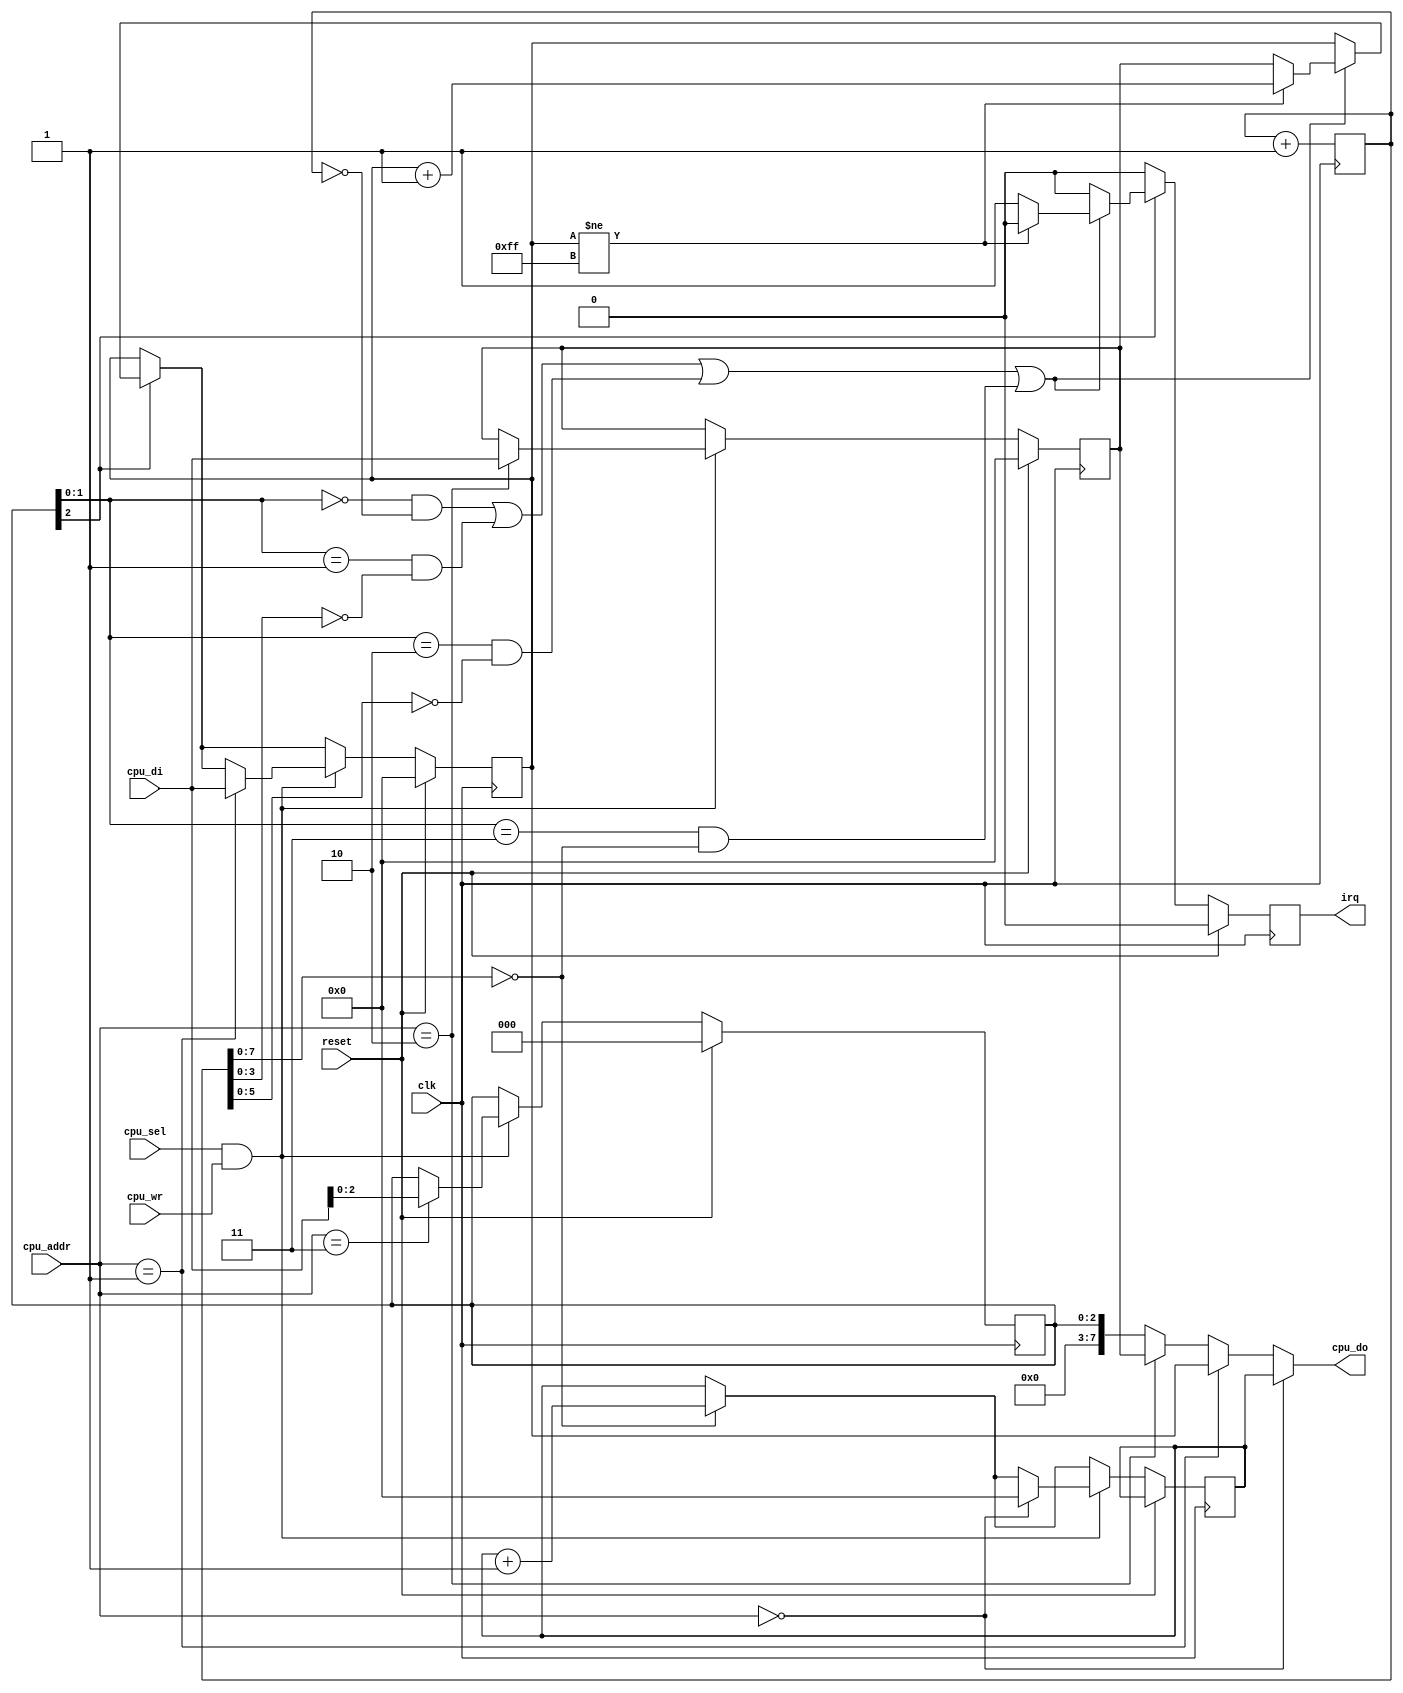
//
// timer.v
//
// Gameboy for the MIST board https://github.com/mist-devel
// 
// Copyright (c) 2015 Till Harbaum <till@harbaum.org> 
// 
// This source file is free software: you can redistribute it and/or modify 
// it under the terms of the GNU General Public License as published 
// by the Free Software Foundation, either version 3 of the License, or 
// (at your option) any later version. 
// 
// This source file is distributed in the hope that it will be useful,
// but WITHOUT ANY WARRANTY; without even the implied warranty of 
// MERCHANTABILITY or FITNESS FOR A PARTICULAR PURPOSE.  See the 
// GNU General Public License for more details.
// 
// You should have received a copy of the GNU General Public License 
// along with this program.  If not, see <http://www.gnu.org/licenses/>. 
//

module timer (
	input  reset,
   input  clk,    // 4 Mhz cpu clock

	output reg irq,
	
	// cpu register interface
	input  cpu_sel,
	input [1:0] cpu_addr,
	input  cpu_wr,
	input [7:0] cpu_di,
	output [7:0] cpu_do
);

// input: 4Mhz
// clk_div[0] = 2Mhz
// clk_div[1] = 1Mhz
// clk_div[2] = 524khz
// clk_div[3] = 262khz
// clk_div[4] = 131khz
// clk_div[5] = 65khz
// clk_div[6] = 32khz
// clk_div[7] = 16khz
// clk_div[8] = 8khz
// clk_div[9] = 4khz

reg [9:0] clk_div;
always @(posedge clk)
	clk_div <= clk_div + 10'd1;

reg [7:0] div;
reg [7:0] tma;
reg [7:0] tima;
reg [2:0] tac;

always @(posedge clk) begin
	if(reset) begin
		tima <= 8'h00;
		tma <= 8'h00;
		tac <= 8'h00;
		irq <= 1'b0;
	end else begin
		irq <= 1'b0;

		if(clk_div[7:0] == 0)   // 16kHz
			div <= div + 8'd1;

		// timer enabled?
		if(tac[2]) begin
			// timer frequency
			if(((tac[1:0] == 2'b00) && (clk_div[9:0] == 0)) ||     // 4 khz
				((tac[1:0] == 2'b01) && (clk_div[3:0] == 0)) ||     // 262 khz
				((tac[1:0] == 2'b10) && (clk_div[5:0] == 0)) ||     // 65 khz
				((tac[1:0] == 2'b11) && (clk_div[7:0] == 0))) begin // 16 khz

				if(tima != 8'hff)
					tima <= tima + 8'd1;
				else begin
					irq <= 1'b1;    // irq when timer overflows
					tima <= tma;    // reload timer
				end
			end
		end
		
		if(cpu_sel && cpu_wr) begin
			case(cpu_addr)
				2'b00:  div <= 8'h00;    // writing clears counter
				2'b01:  tima <= cpu_di;
				2'b10:  tma <= cpu_di;
				2'b11:  tac <= cpu_di[2:0];
			endcase
		end
	end
end

assign cpu_do = 
	(cpu_addr == 2'b00)?div:
	(cpu_addr == 2'b01)?tima:
	(cpu_addr == 2'b10)?tma:
	{5'b00000, tac};
	
endmodule